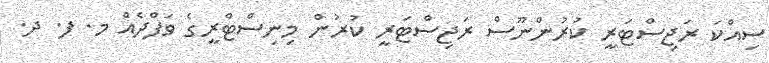
ސިއްކަ ރަޖިސްޓަރީ ކުރުންނޫސް ރަޖިސްޓަރީ ކުރުން މިނިސްޓްރީގެ ވަފްދެއް މ. ފ. ދ.